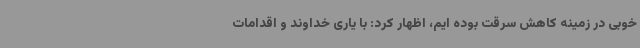
خوبی در زمینه کاهش سرقت بوده ایم، اظهار کرد: با یاری خداوند و اقدامات